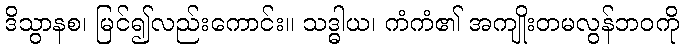
ဒိသွာနစ၊ မြင်၍လည်းကောင်း။ သဒ္ဓါယ၊ ကံကံ၏ အကျိုးတမလွန်ဘဝကို